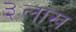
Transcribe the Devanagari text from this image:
३लाख